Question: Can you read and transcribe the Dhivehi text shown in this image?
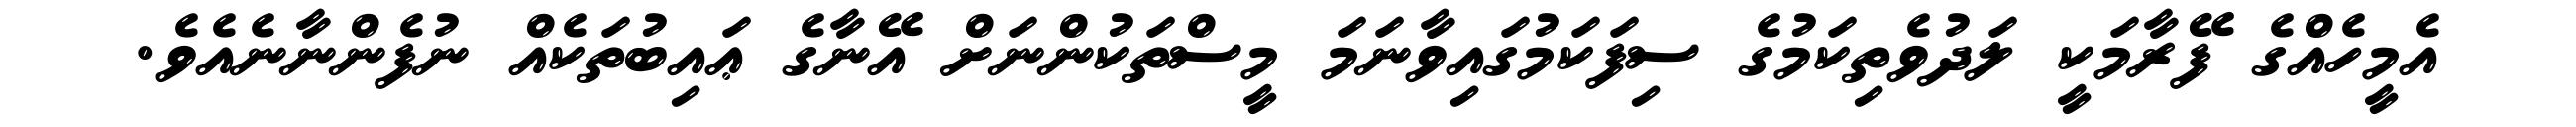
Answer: އެމީހެއްގެ ފޭރާމަކީ ލަދުވެތިކަމުގެ ސިފަކަމުގައިވާނަމަ މީސްތަކުންނަށް އޭނާގެ ޢައިބުތަކެއް ނުފެންނާނެއެވެ.